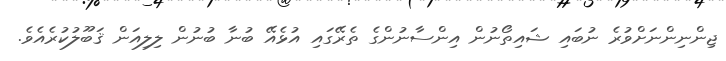
ޖިންނިންނަށްވުރެ ނުބައި ޝައިތޯނުން އިންސާނުންގެ ތެރޭގައި އުޅެއޭ ބުނާ ބުނުން ލިލިއަން ޤަބޫލުކުރެއެވެ.